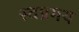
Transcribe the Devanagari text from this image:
स्वप्रमय